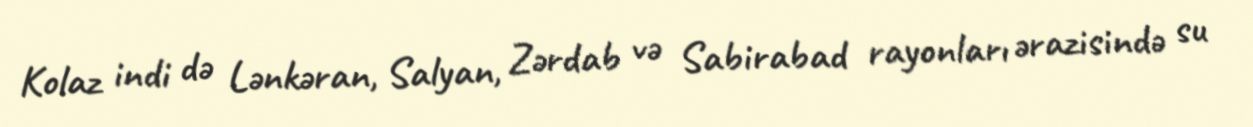
Kolaz indi də Lənkəran, Salyan, Zərdab və Sabirabad rayonları ərazisində su